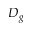
D _ { g }